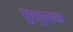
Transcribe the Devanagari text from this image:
चुखुलक